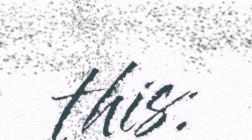
this: